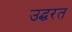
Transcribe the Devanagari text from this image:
उद्धरत